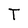
Character: T